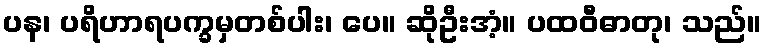
ပန၊ ပရိဟာရပက္ခမှတစ်ပါး၊ ပေ။ ဆိုဦးအံ့။ ပထဝီဓာတု၊ သည်။